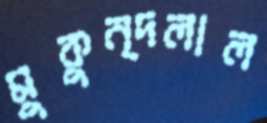
মুকুন্দলাল